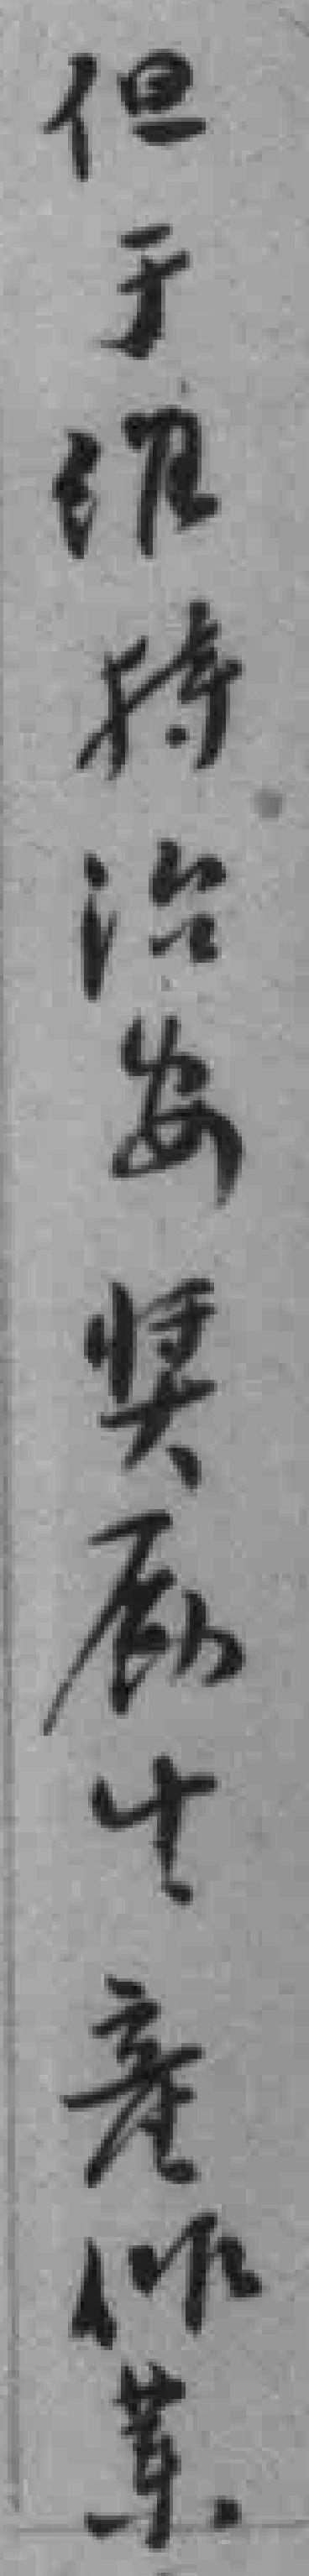
但于维持治安奖励生産作業